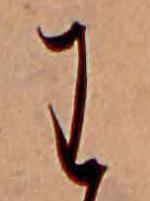
わ